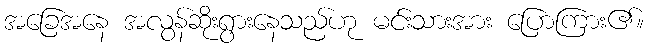
အခြေအနေ အလွန်ဆိုးရွားနေသည်ဟု မင်းသားအား ပြောကြား၏။